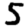
Digit: 5